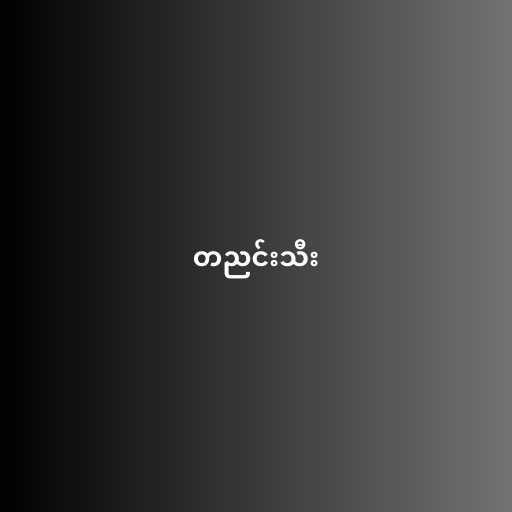
တညင်းသီး